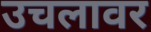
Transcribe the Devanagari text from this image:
उचलावर